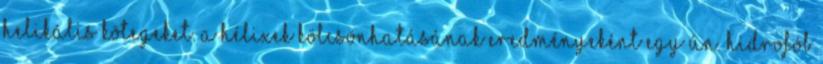
helikális kötegeket. A hélixek kölcsönhatásának eredményeként egy ún. hidrofób